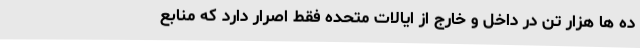
ده ها هزار تن در داخل و خارج از ایالات متحده فقط اصرار دارد که منابع